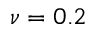
\nu = 0 . 2